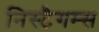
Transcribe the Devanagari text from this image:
निस्टैगम्स